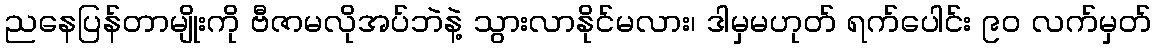
ညနေပြန်တာမျိုးကို ဗီဇာမလိုအပ်ဘဲနဲ့ သွားလာနိုင်မလား၊ ဒါမှမဟုတ် ရက်ပေါင်း ၉၀ လက်မှတ်